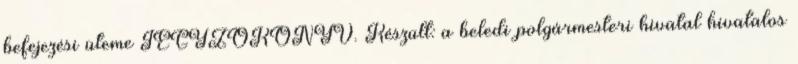
befejezési üteme JEGYZŐKÖNYV. Készült: a beledi polgármesteri hivatal hivatalos